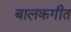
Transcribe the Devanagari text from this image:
बालकगीत